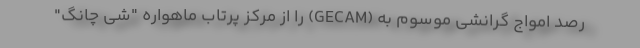
رصد امواج گرانشی موسوم به (GECAM) را از مرکز پرتاب ماهواره "شی چانگ"